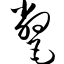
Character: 氅